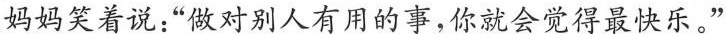
妈妈笑着说：“做对别人有用的事，你就会觉得最快乐。”